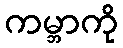
ကမ္ဘာကို